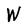
Character: W